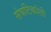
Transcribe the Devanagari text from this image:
संघटिकांशी